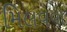
મિલવવા